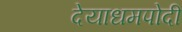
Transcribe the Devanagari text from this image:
देयाधमपोदी